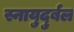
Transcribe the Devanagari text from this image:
स्नायुदुर्बल